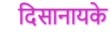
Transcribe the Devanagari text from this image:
दिसानायके